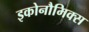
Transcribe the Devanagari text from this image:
इकोनौमिक्स